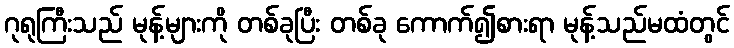
ဂုရုကြီးသည် မုန့်များကို တစ်ခုပြီး တစ်ခု ကောက်၍စားရာ မုန့်သည်မထံတွင်